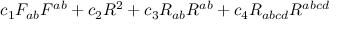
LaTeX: c _ { 1 } F _ { a b } F ^ { a b } + c _ { 2 } R ^ { 2 } + c _ { 3 } R _ { a b } R ^ { a b } + c _ { 4 } R _ { a b c d } R ^ { a b c d }